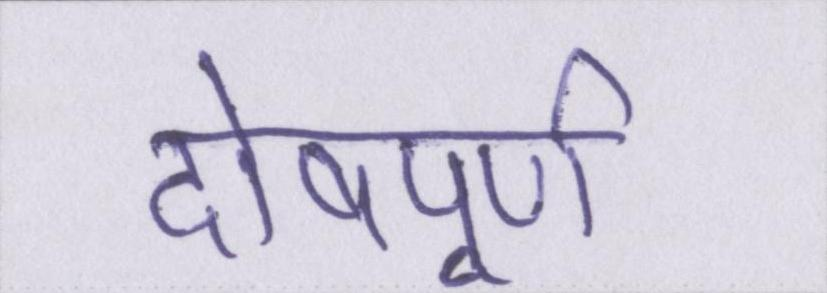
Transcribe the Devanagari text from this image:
दोषपूर्ण